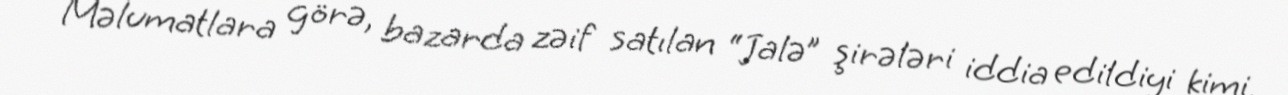
Məlumatlara görə, bazarda zəif satılan “Jalə” şirələri iddia edildiyi kimi,